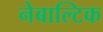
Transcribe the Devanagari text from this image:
नेबाल्टिक